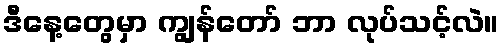
ဒီနေ့တွေမှာ ကျွန်တော် ဘာ လုပ်သင့်လဲ။